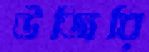
উজিরি